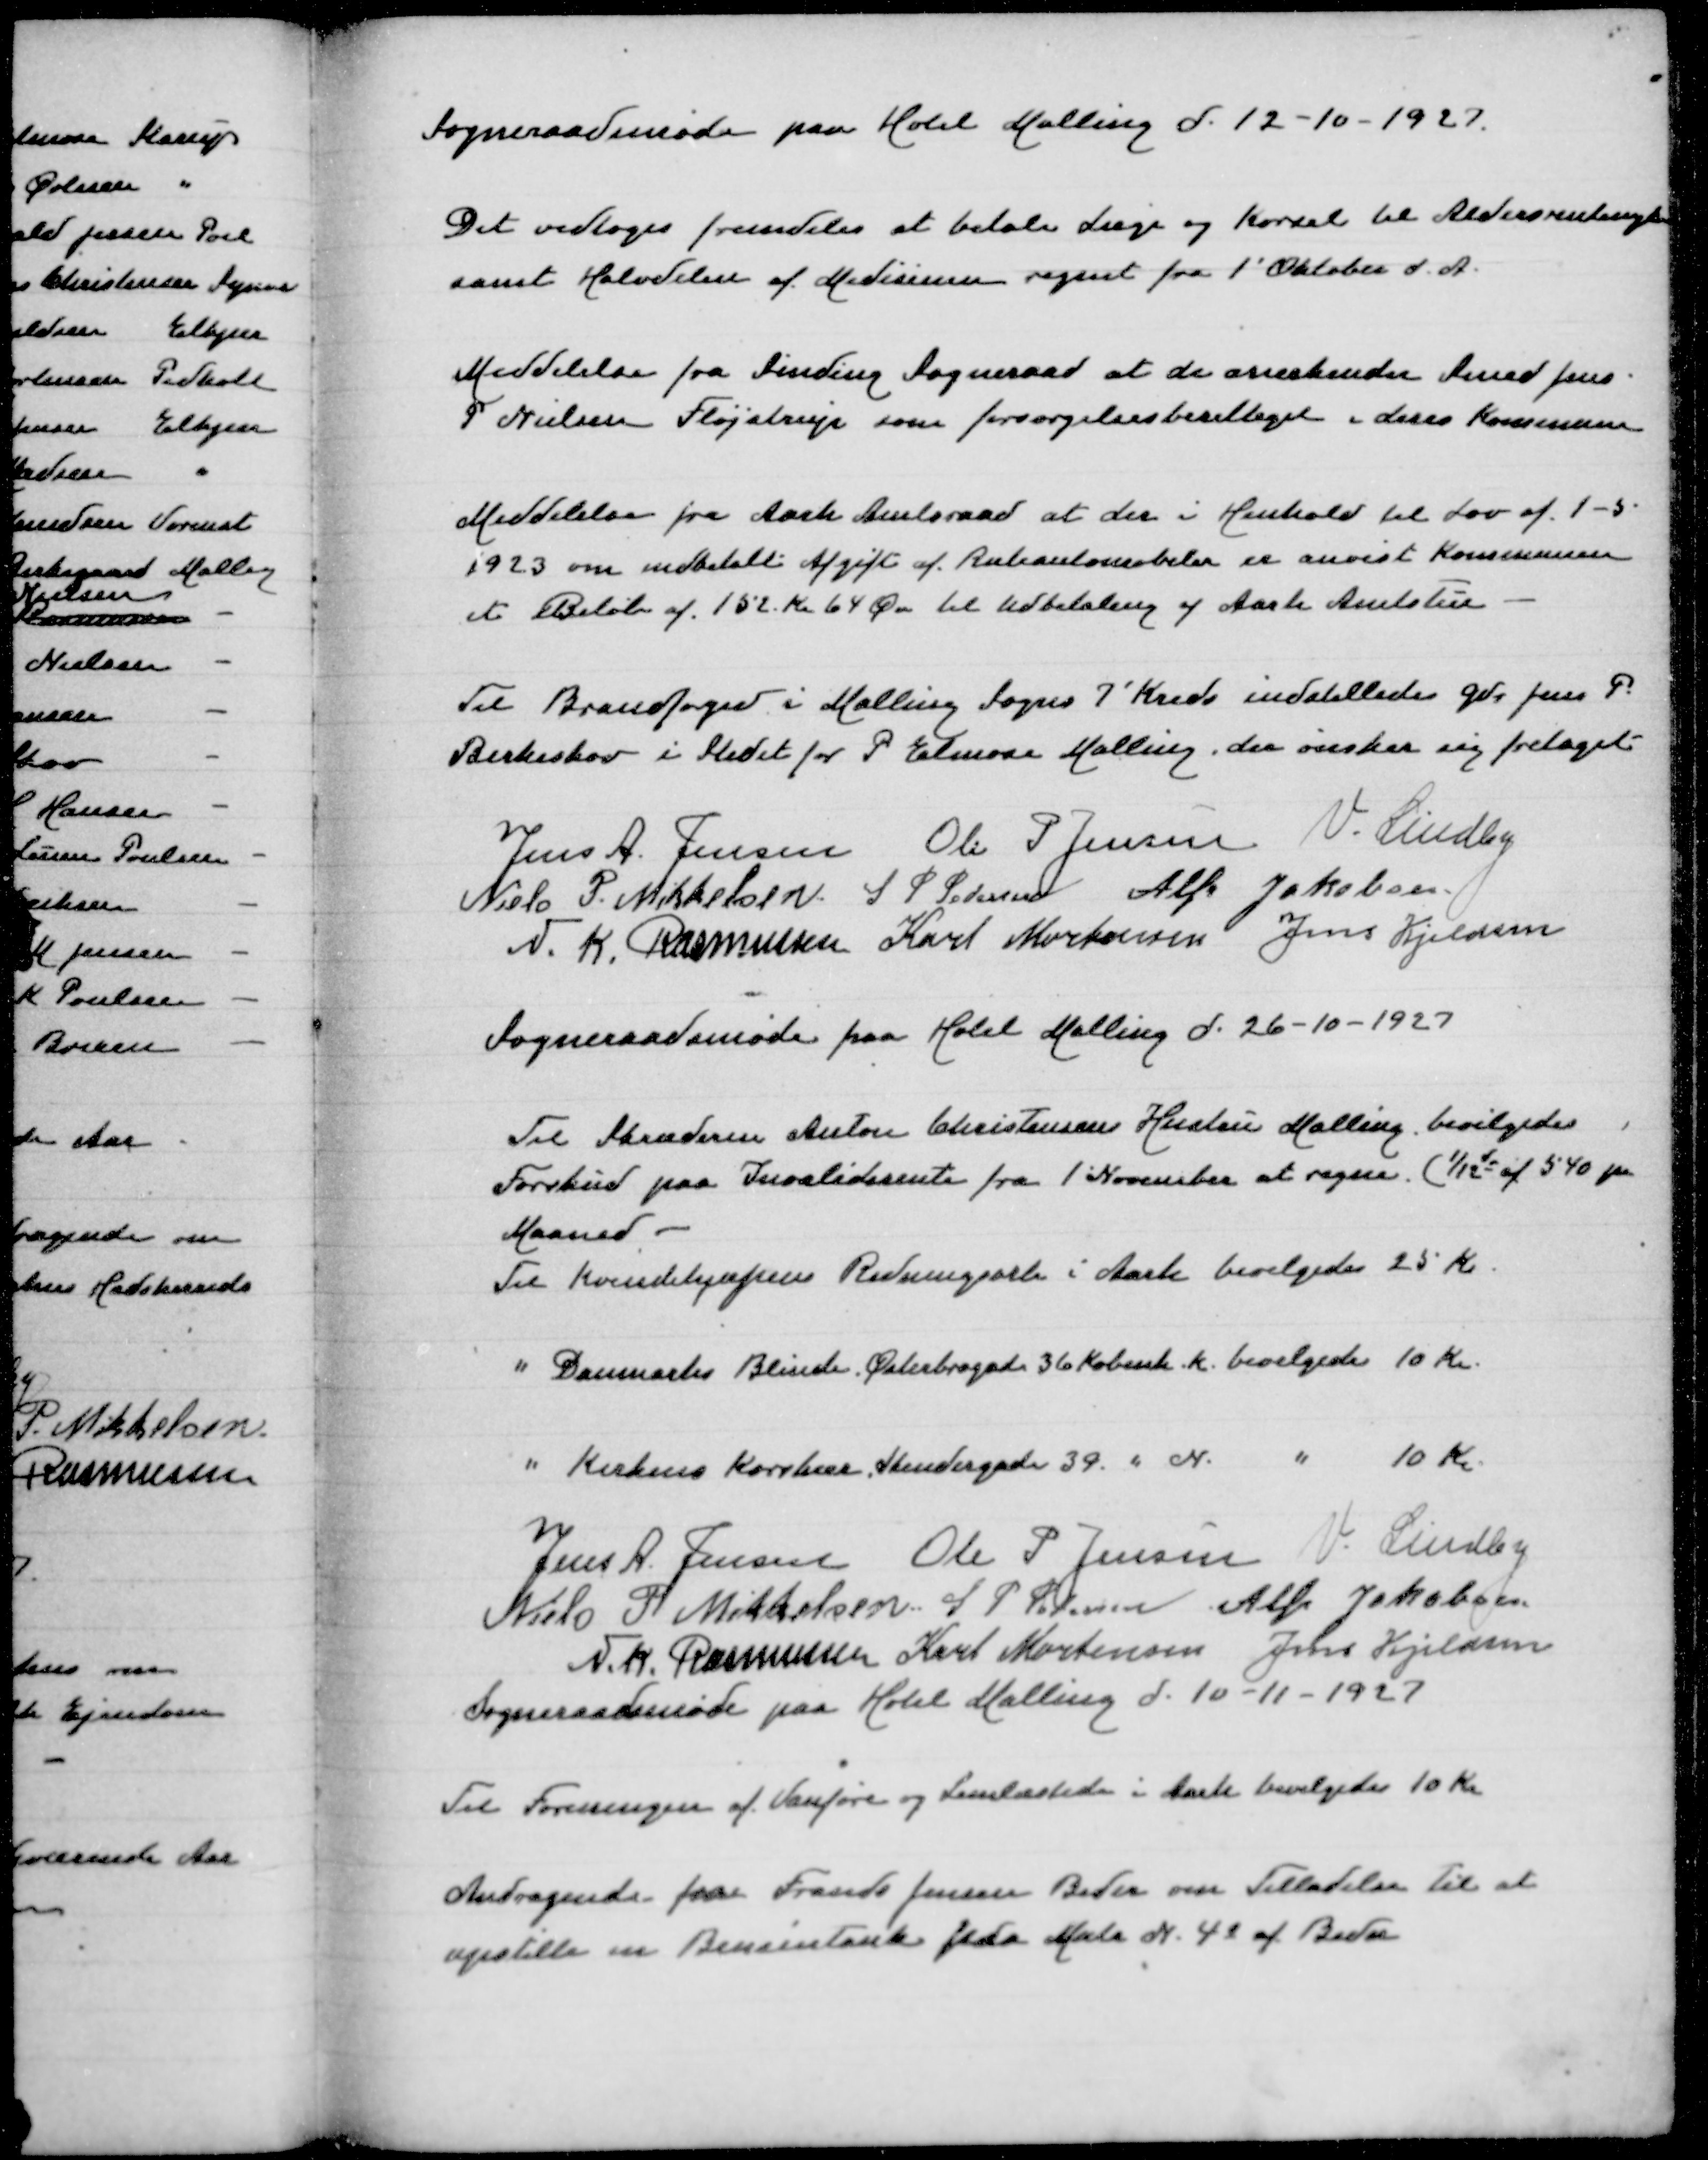
Transskription:
Sogneraadsmøde paa Hotel Malling d 12-10-1927
Det vedtoges fremdeles at betale Læge og Kørsel til Aldersrentenydere
samt halvdelen af Medicinen regnet fra 1' Oktober d A
Meddelelse fra Sinding Sogneraad at de anerkender Smed Jens
P Nielsen Fløjstrup som forsørgelsesberettiget i deres Kommune
Meddelelse fra Aarh Amtsraad at der i Henhold til Lov af 1-5
1923 om indbetalt Afgift af Ruteautomobiler er anvist Kommunen
et Beløb af 152 Kr 64 Øre til Udbetaling af Aarh Amtstue
Til Brandfoged i Malling Sogns 7' Kreds indstilledes Gdr Jens P
Birkeskov i Stedet for P Elmose, der ønsker sig fritaget
Jens A Jensen
Ole P Jensen
V Lindby
Niels P Mikkelsen
S P Pedersen
Alfr Jakobsen
N K Rasmussen
Karl Mortensen
Jens Kjeldsen
Sogneraadsmøde paa Hotel Malling d 26-10-1927
Til Skræderm Anton Christensens Hustru Malling bevilgedes
Forskud paa Invaliderente fra 1' November at regne (1/12d af 540 pr
Maaned
Til Kvindehjælpens Redningsarb i Aarh bevilgedes 25 Kr
" Danmarks Blinde, Østerbrogade 35 Københ K bevilgedes 10 Kr
" Kirkens Korshær, Skindergade 39, " N " 10 Kr
Jens A Jensen
Ole P Jensen
V Lindby
Niels P Mikkelsen
S P Pedersen
Alfr Jacobsen
N K Rasmussen
Karl Mortensen
Jens Kjeldsen
Sogneraadsmøde paa Hotel Malling den 10-11-1927
Til Forenigen af Vanføre og Lemlæstede i Aarh bevilgedes 10 Kr
Andragende fra Frank Jensen Beder om Tilladelse til at
opstille en Bensintank paa Matr N 4o af Beder